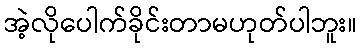
အဲ့လိုပေါက်ခိုင်းတာမဟုတ်ပါဘူး။